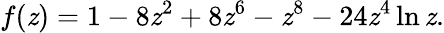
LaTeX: f(\mathit{z})=1-8\mathit{z}^{2}+8\mathit{z}^{6}-\mathit{z}^{8}-24\mathit{z}^{4}\ln\mathit{z}.